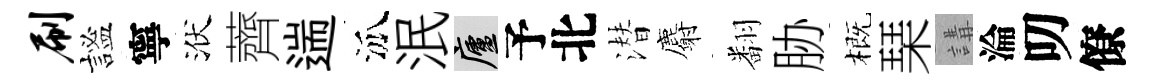
刷謐寧洑薺遄泒泯廬予北潜麝翻胁概琹講淪叨僚